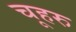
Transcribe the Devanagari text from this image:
चूहरु